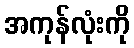
အကုန်လုံးကို